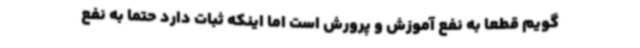
گویم قطعا به نفع آموزش و پرورش است اما اینکه ثبات دارد حتما به نفع